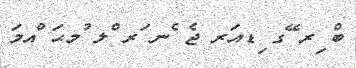
ބް ިރ ޭގ ިޑއަރ ޖެ ެނ ަރ ްލ ުމޙަ ްއމަ